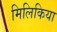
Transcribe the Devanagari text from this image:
मिलिकिया